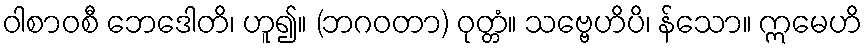
ဝါစာဝစီ ဘေဒေါတိ၊ ဟူ၍။ (ဘဂဝတာ) ဝုတ္တံ။ သဗ္ဗေဟိပိ၊ န်သော။ ဣမေဟိ